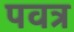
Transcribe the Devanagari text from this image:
पवत्र